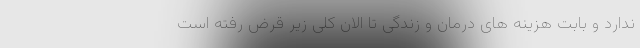
ندارد و بابت هزینه های درمان و زندگی تا الان کلی زیر قرض رفته است